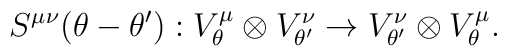
S^{\mu\nu}(\theta-\theta'):V^\mu_\theta\otimes  V^\nu_{\theta'}\rightarrow V^\nu_{\theta'}\otimes  V^\mu_{\theta}.